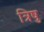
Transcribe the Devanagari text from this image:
त्रिषु